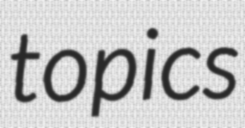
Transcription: topics